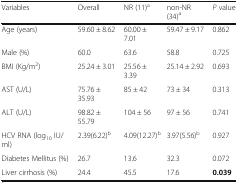
<table><thead><tr><td><b>Variables</b></td><td><b>Overall</b></td><td><b>NR (11)<sup>a</sup></b></td><td><b>non-NR (34)<sup>a</sup></b></td><td><b><i>P</i> value</b></td></tr></thead><tbody><tr><td>Age (years)</td><td>59.60 ± 8.62</td><td>60.00 ± 7.01</td><td>59.47 ± 9.17</td><td>0.862</td></tr><tr><td>Male (%)</td><td>60.0</td><td>63.6</td><td>58.8</td><td>0.725</td></tr><tr><td>BMI (Kg/m<sup>2</sup>)</td><td>25.24 ± 3.01</td><td>25.56 ± 3.39</td><td>25.14 ± 2.92</td><td>0.693</td></tr><tr><td>AST (U/L)</td><td>75.76 ± 35.93</td><td>85 ± 42</td><td>73 ± 34</td><td>0.313</td></tr><tr><td>ALT (U/L)</td><td>98.82 ± 55.79</td><td>104 ± 56</td><td>97 ± 56</td><td>0.741</td></tr><tr><td>HCV RNA (log<sub>10</sub> IU/ml)</td><td>2.39(6.22)<sup>b</sup></td><td>4.09(12.27)<sup>b</sup></td><td>3.97(5.56)<sup>b</sup></td><td>0.927</td></tr><tr><td>Diabetes Mellitus (%)</td><td>26.7</td><td>13.6</td><td>32.3</td><td>0.072</td></tr><tr><td>Liver cirrhosis (%)</td><td>24.4</td><td>45.5</td><td>17.6</td><td><b>0.039</b></td></tr></tbody></table>